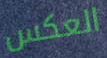
العكس